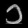
Digit: ၁